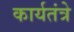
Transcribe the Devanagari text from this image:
कार्यतंत्रे